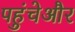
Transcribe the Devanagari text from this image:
पहुंचेऔर